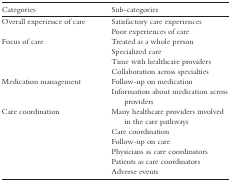
<table><thead><tr><td><b>Categories</b></td><td><b>Sub-categories</b></td></tr></thead><tbody><tr><td>Overall experience of care</td><td>Satisfactory care experiencesPoor experiences of care</td></tr><tr><td>Focus of care</td><td>Treated as a whole personSpecialized careTime with healthcare providersCollaboration across specialties</td></tr><tr><td>Medication management</td><td>Follow-up on medicationInformation about medication across providers</td></tr><tr><td>Care coordination</td><td>Many healthcare providers involved in the care pathwaysCare coordinationFollow-up on carePhysicians as care coordinatorsPatients as care coordinatorsAdverse events</td></tr></tbody></table>